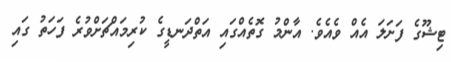
ޓިޝޫގެ ފަށަލަ އެއް ވެއެވެ. އާންމު ގޮތެއްގައި އަތްދަނޑީގެ ކުރިމައްޗަށްވުރެ ފަހަތު ގައި